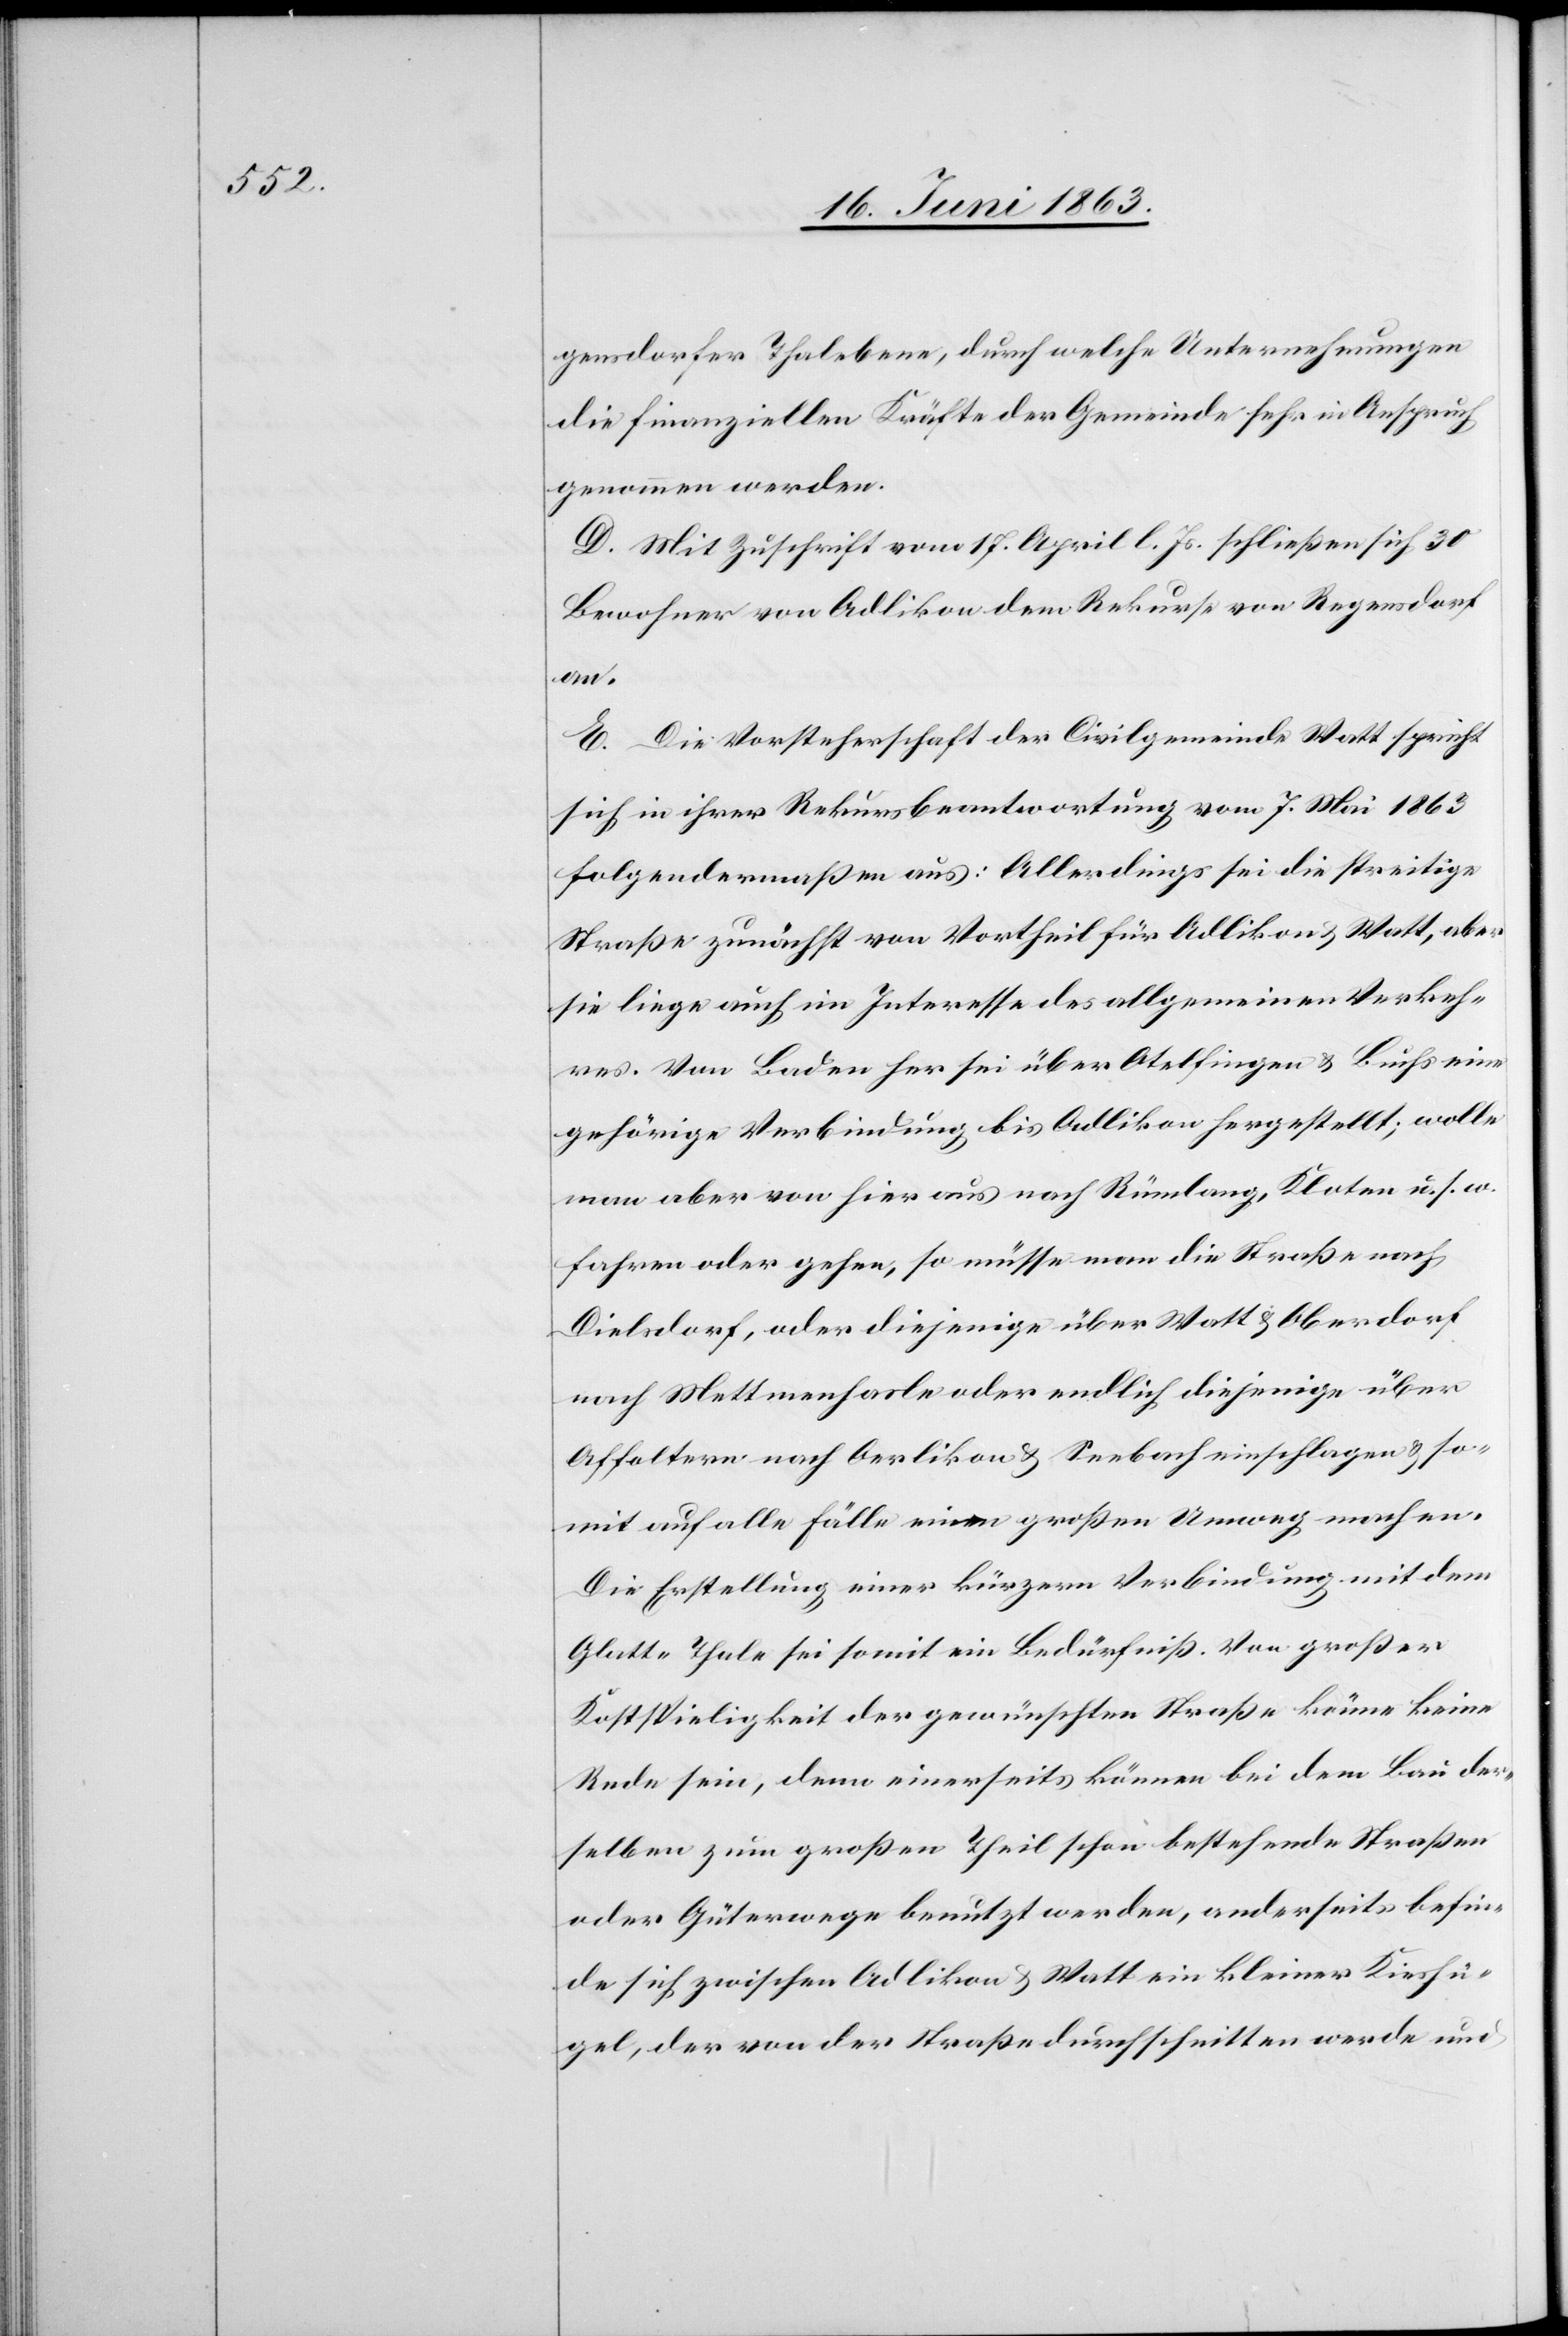
gensdorfer Thalebene, durch welche Unternehmungen
die finanziellen Kräfte der Gemeinde sehr in Anspruch
genommen werden.
D. Mit Zuschrift vom 17. April l. Js. schließen sich 30
Bewohner von Adlikon dem Rekurse von Regensdorf
an.
E. Die Vorsteherschaft der Civilgemeinde Watt spricht
sich in ihrer Rekursbeantwortung vom 7. Mai 1863
folgendermaßen aus: Allerdings sei die streitige
Straße zunächst von Vortheil für Adlikon & Watt, aber
sie liege auch im Interesse des allgemeinen Verkeh¬
res. Von Baden her sei über Otelfingen & Buchs eine
gehörige Verbindung bis Adlikon hergestellt; wolle
man aber von hier aus nach Rümlang, Kloten u. s. w.
fahren oder gehen, so müsse man die Straße nach
Dielsdorf, oder diejenige über Watt & Oberdorf
nach Mettmenhasle oder endlich diejenige über
Affoltern nach Oerlikon & Seebach einschlagen & so¬
mit auf alle Fälle einen großen Umweg machen.
Die Erstellung einer kürzern Verbindung mit dem
Glatt-Thale sei somit ein Bedürfniß. Von großer
Kostspieligkeit der gewünschten Straße könne keine
Rede sein, denn einerseits können bei dem Bau der¬
selben zum großen Theil schon bestehende Straßen
oder Güterwege benutzt werden, anderseits befin¬
de sich zwischen Adlikon & Watt ein kleiner Kieshü¬
gel, der von der Straße durchschnitten werde und